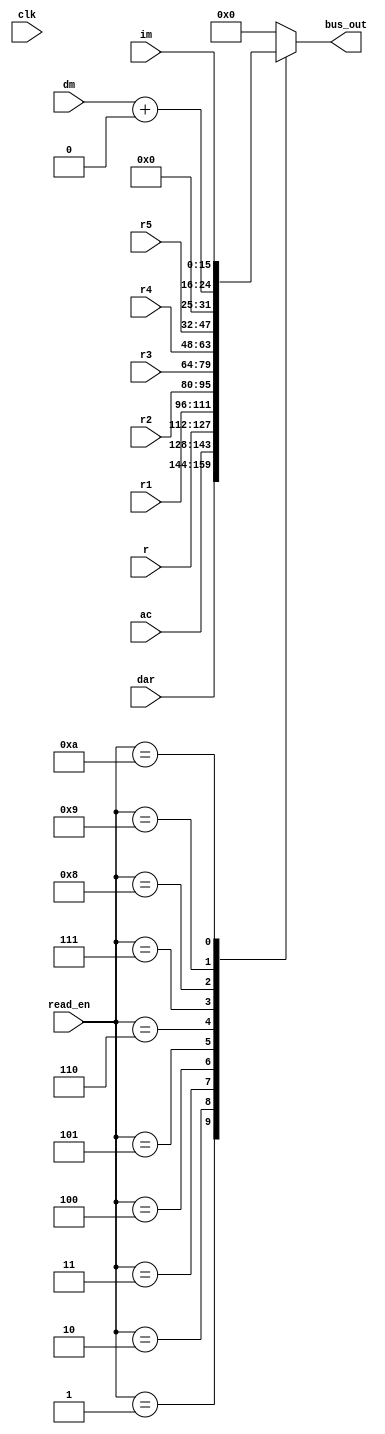
module bus(
    input               clk,
    input       [3:0]   read_en,
    input       [15:0]  r1,r2,r3,r4,r5,r,dar,ac,im,
    input       [7:0]   dm,
    output reg  [15:0]  bus_out
    );
    
    always @(*) begin
        case (read_en)
            4'd1:    bus_out <= dar;
            4'd2:    bus_out <= ac;
            4'd3:    bus_out <= r;
            4'd4:    bus_out <= r1;
            4'd5:    bus_out <= r2;
            4'd6:    bus_out <= r3;
            4'd7:    bus_out <= r4;
            4'd8:    bus_out <= r5;
            4'd9:    bus_out <= dm + 16'd0;
            4'd10:   bus_out <= im;
            default: bus_out <= 16'd0;
        endcase
    end
endmodule